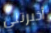
أخبرتني